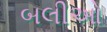
બલીઓ